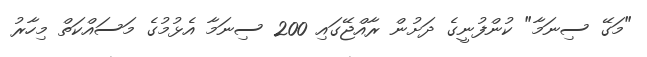
"މަގޭ ސިނަމާ" ކުންފުނީގެ ދަށުން ރާއްޖޭގައި 200 ސިނަމާ އެޅުމުގެ މަސައްކަތް މިހާރު